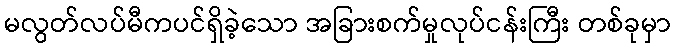
မလွတ်လပ်မီကပင်ရှိခဲ့သော အခြားစက်မှုလုပ်ငန်းကြီး တစ်ခုမှာ